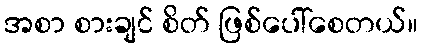
အစာ စားချင် စိတ် ဖြစ်ပေါ်စေတယ်။